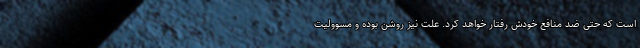
است که حتی ضد منافع خودش رفتار خواهد کرد. علت نیز روشن بوده و مسوولیت